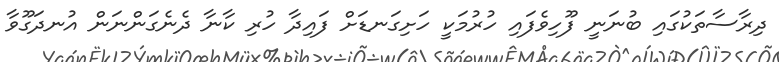
ދިރާސާތަކުގައި ބުނަނީ ފޫހިވެފައި ހުރުމަކީ ހަށިގަނޑަށް ފައިދާ ހުރި ކާނާ ދެނެގަންނަން އުނދަގޫވާ